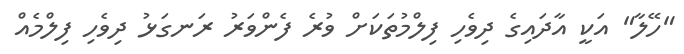
"ހޭލާ" އަކީ އާދައިގެ ދިވެހި ފިލްމުތަކަށް ވުރެ ފެންވަރު ރަނގަޅު ދިވެހި ފިލްމެއް